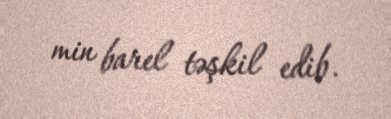
min barel təşkil edib.